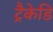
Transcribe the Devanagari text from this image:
ट्रैकेडि